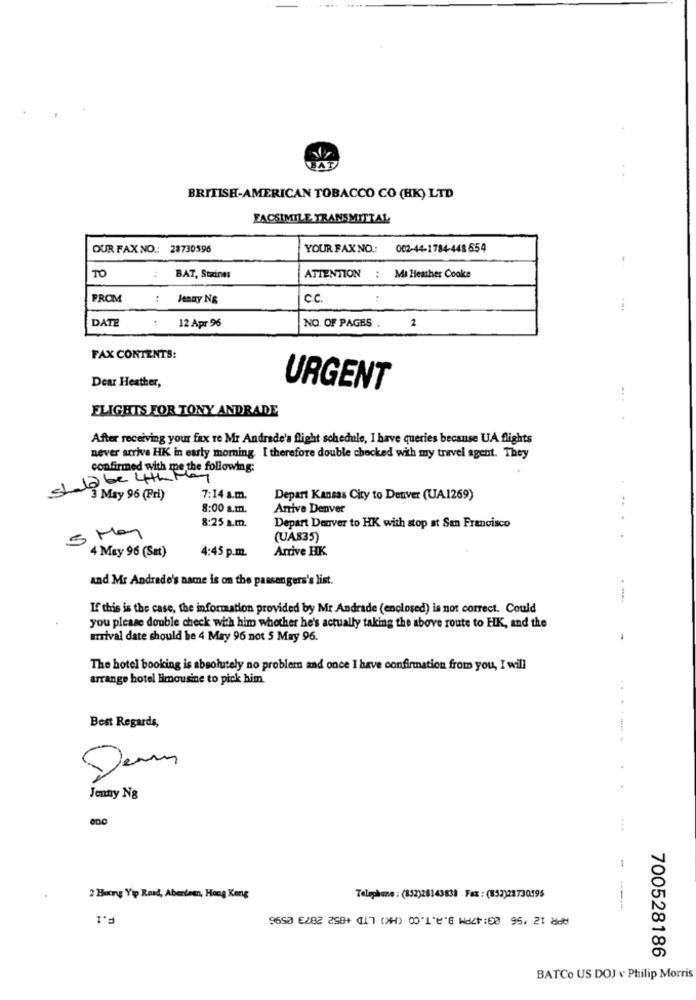
BAT
BRITISH-AMERICAN TOBACCO CO (HK) LTD
FACSIMILE TRANSMITTAL
OUR FAX NO .: 28730596
YOUR FAXNO .:
002-44-1784-448 654
TO
BAT, Staines
ATTENTION : Ms Heather Cooke
FROM
:
Jenay Ng
c.C.
DATE
12 Apr 96
NO. OF PAGES
2
FAX CONTENTS:
Dear Heather,
URGENT
FLIGHTS FOR TONY ANDRADE
After receiving your fax re Mr Andrade's flight schedule, I have queries because UA flights
never arrive HK in early morning. I therefore double checked with my travel agent. They
confirmed with me the following:
12 be LHh F
Si May 96 (Pri)
7:14 a.m.
Depart Kansas City to Denver (UA1269)
8:00 a.m.
Arrive Denver
8:25 a.m.
Depart Denver to HK with stop at San Francisco
(UA835)
4:45 p.m.
Arrive HK
4 May 96 (Sat)
and Mr Andrade's name is on the passengers's list.
If this is the case, the information provided by Mr Andrade (enclosed) is not correct. Could
you please double check with him whother he's actually taking the above route to HK, and the
arrival date should be 4 May 96 not 5 May 96.
-
The hotel booking is absolutely no problem and once I have confirmation from you, I will
arrange hotel limousine to pick him.
Best Regards,
...--
Jenny Ng
...
-
2 Bers Yip Road, Aberdeen, Hong Kong
Telephone : (852)28143831 - Fax : (852)28730195
700528186
BATCo US DOJ v Philip Morris